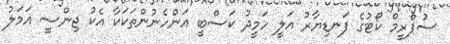
ސުޕްރީމް ކޯޓުގެ ފަނޑިޔާރު އަލީ ހަމީދު ކަސްބީ އަންހެނުންތަކަކާ އެކު ޖިންސީ އަމަލު